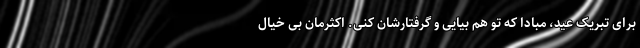
برای تبریک عید، مبادا که تو هم بیایی و گرفتارشان کنی. اکثرمان بی خیال